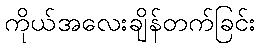
ကိုယ်အလေးချိန်တက်ခြင်း